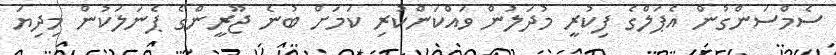
ސެމްސަންގުން އެޕަލްގެ ފިކުރީ މުދަލުން ވައްކަންކުރި ކަމަށް ބުނެ ޖޫރީންގެ ޕެނަލަކުން މިދިޔަ